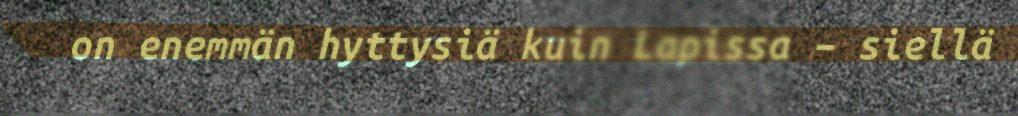
on enemmän hyttysiä kuin Lapissa – siellä